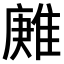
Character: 𨿶